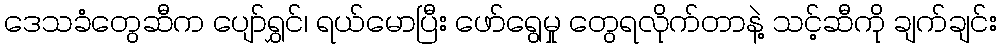
ဒေသခံတွေဆီက ပျော်ရွှင်၊ ရယ်မောပြီး ဖော်ရွေမှု တွေရလိုက်တာနဲ့ သင့်ဆီကို ချက်ချင်း